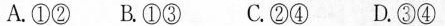
A.①②B.①③ C.②④ D.③④